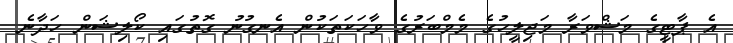
އެ ޕާޓީގެ މަޝްވަރާ މަޖިލީހުގެ މެމްބަރުގެ ވާހަކަތަކުން އެނގުނު ގޮތުގައި ކޯލިޝަން ހަދާނެ